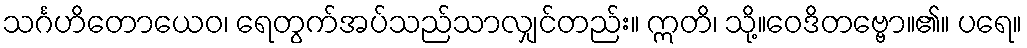
သင်္ဂဟိတောယေဝ၊ ရေတွက်အပ်သည်သာလျှင်တည်း။ ဣတိ၊ သို့။ဝေဒိတဗ္ဗော။၏။ ပရေ။